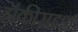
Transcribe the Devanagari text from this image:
हॉकीसदृश